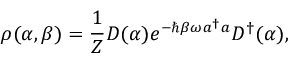
\rho ( \alpha , \beta ) = { \frac { 1 } { Z } } D ( \alpha ) e ^ { - \hbar \beta \omega a ^ { \dagger } a } D ^ { \dagger } ( \alpha ) ,